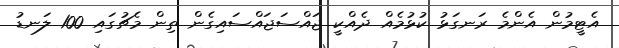
އެޓީމުން އެންމެ ރަނގަޅު ކުޅުމެއް ދެއްކީ ޖައްސަޖައްސައިގެން ތިން މެޗުގައި 100 ލަނޑު